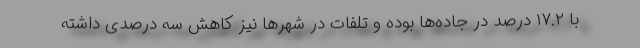
با ۱۷.۲ درصد در جاده‌ها بوده و تلفات در شهرها نیز کاهش سه درصدی داشته